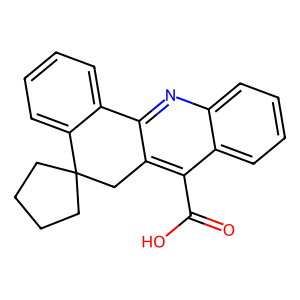
SMILES: O=C(O)c1c2c(nc3ccccc13)-c1ccccc1C1(CCCC1)C2
Inhibits HIV replication: No